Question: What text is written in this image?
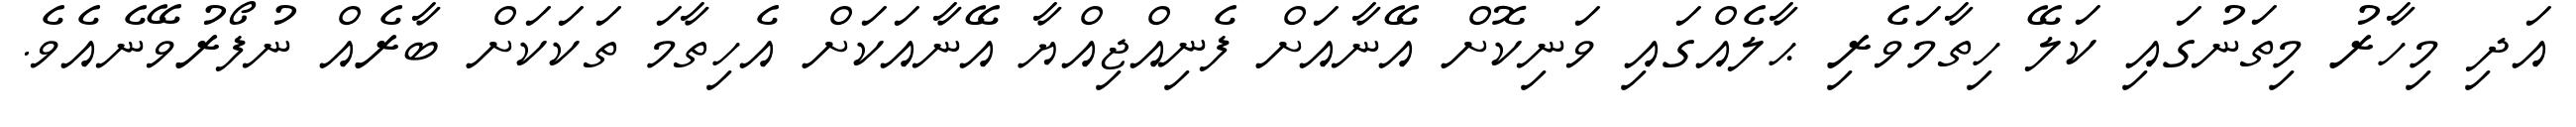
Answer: އަދި މިހާރު މިތަނުގައި ކަލޭ ހިތާމަވެރި ޙާލެއްގައި ވަނިކޮށް އޭނާއަށް ފެނިއްޖިއްޔާ އޭނާއަކަށް އެހިތާމަ ތަކަކަށް ބާރެއް ނުފޯރުވޭނެއެވެ.